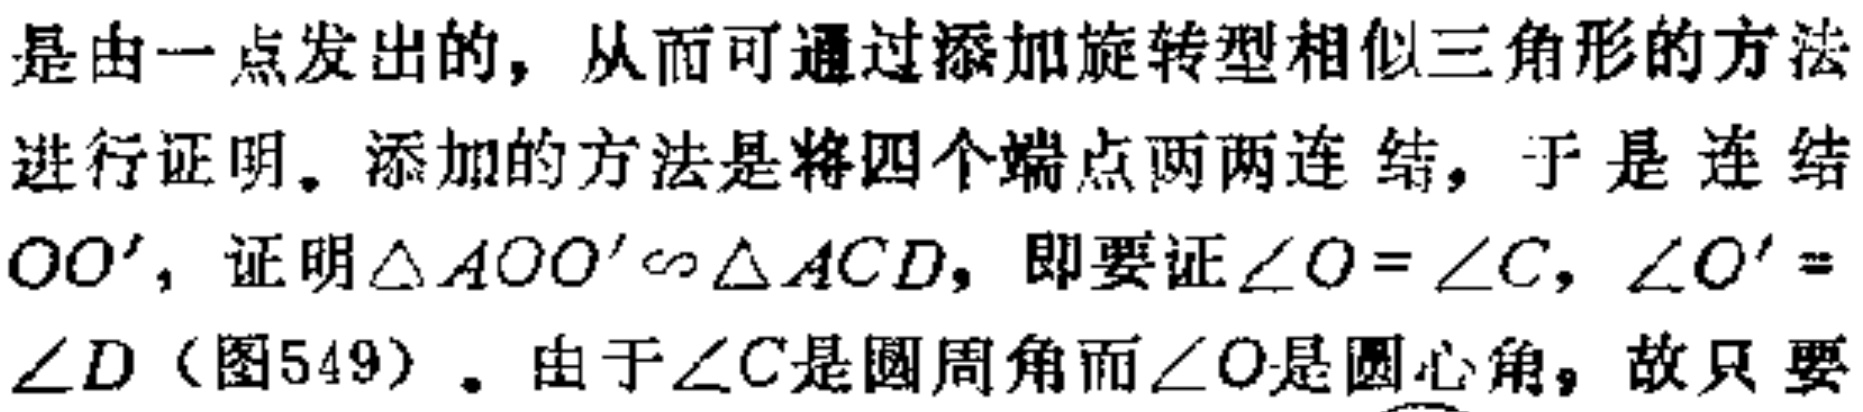
是由一点发出的，从而可通过添加旋转型相似三角形的方法进行证明。添加的方法是将四个端点两两连结，于是连结$OO^{\prime}$，证明$\triangle AOO^{\prime}\sim\triangle ACD$，即要证$\angle O = \angle C$，$\angle O^{\prime} = \angle D$（图549）。由于$\angle C$是圆周角而$\angle O$是圆心角，故只要